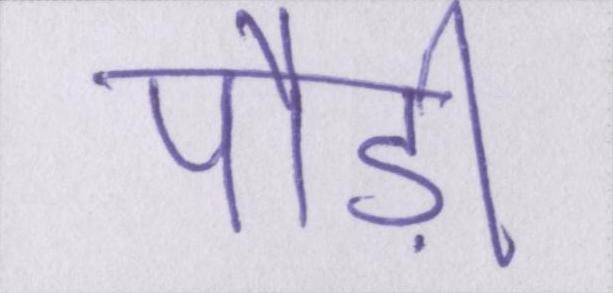
पौड़ी